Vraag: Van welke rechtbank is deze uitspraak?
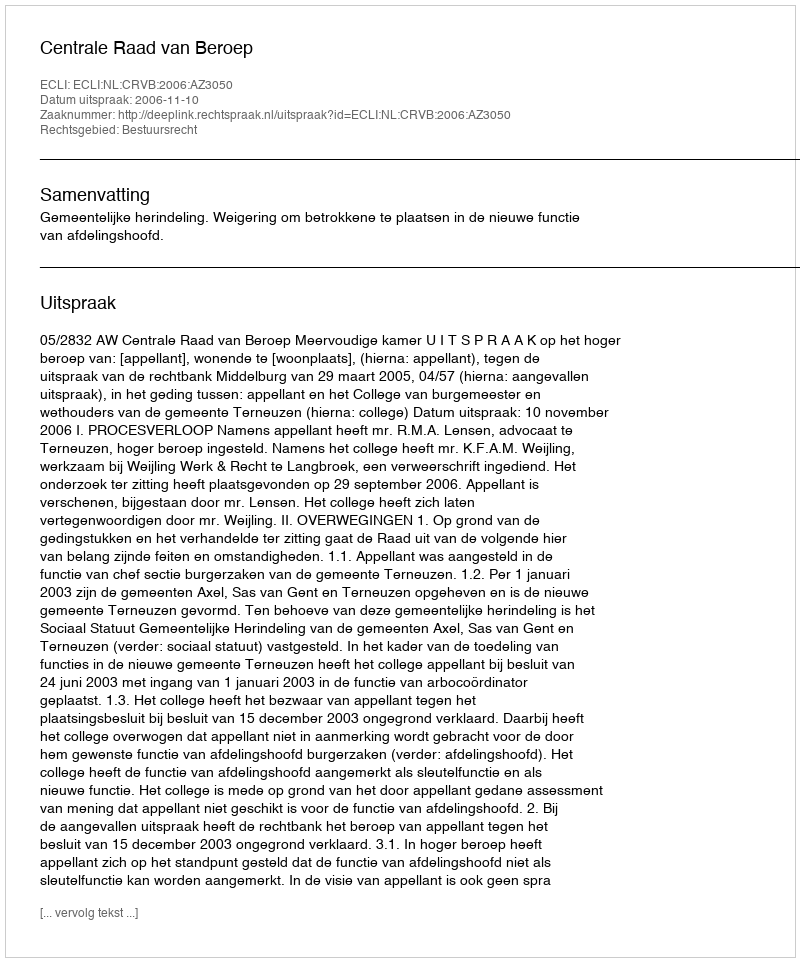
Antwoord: Centrale Raad van Beroep